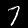
Digit: 7